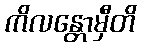
ကိလန္တောမှီတိ